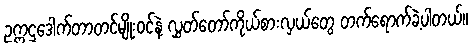
ဥက္ကဌဒေါက်တာတင်မျိုးဝင်နဲ့ လွှတ်တော်ကိုယ်စားလှယ်တွေ တက်ရောက်ခဲ့ပါတယ်။